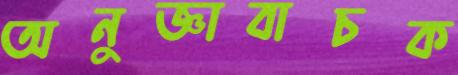
অনুজ্ঞাবাচক